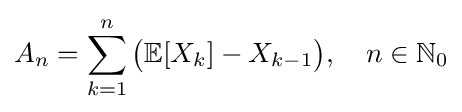
A_{n}=\sum _{k=1}^{n}{\bigl (}\mathbb {E} [X_{k}]-X_{k-1}{\bigr )},\quad n\in \mathbb {N} _{0}